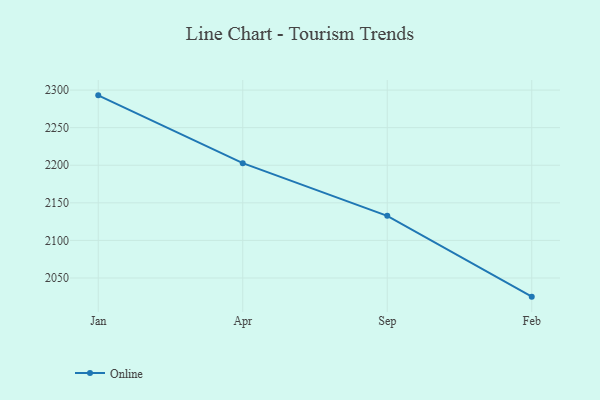
{"axis": {"x": "Month", "y": "Humidity (%)"}, "legend": ["Online"], "data": [{"x": "Jan", "y": 2293.0, "type": "Online"}, {"x": "Apr", "y": 2202.8, "type": "Online"}, {"x": "Sep", "y": 2132.7, "type": "Online"}, {"x": "Feb", "y": 2025.2, "type": "Online"}]}